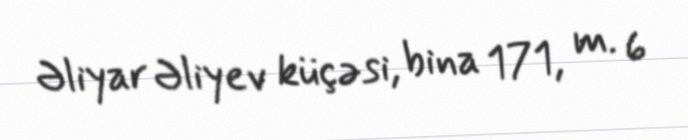
Əliyar Əliyev küçəsi, bina 171, m. 6